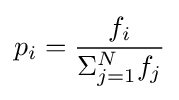
p_{i}={\frac {f_{i}}{\Sigma _{j=1}^{N}f_{j}}}